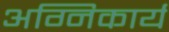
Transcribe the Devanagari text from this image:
अग्निकार्य